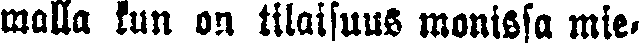
malla kun on tilaisuus monissa mie-